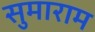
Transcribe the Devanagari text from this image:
सुमाराम